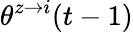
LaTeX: \theta^{z\rightarrow i}(t-1)